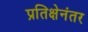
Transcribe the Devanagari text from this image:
प्रतिक्षेनंतर